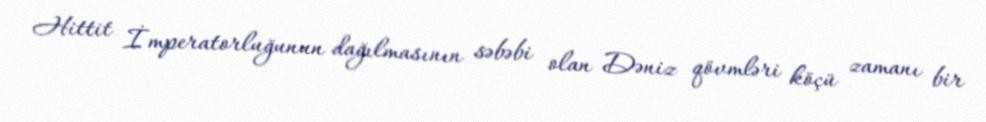
Hittit İmperatorluğunun dağılmasının səbəbi olan Dəniz qövmləri köçü zamanı bir